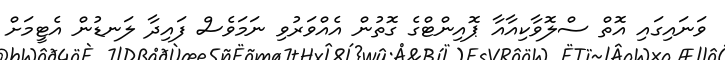
ވަނައިގައި އޮތް ސްލޮވާކިއާއާ ޕޮއިންޓްގެ ގޮތުން އެއްވަރުވި ނަމަވެސް ފައިދާ ލަނޑުން އެޓީމަށް